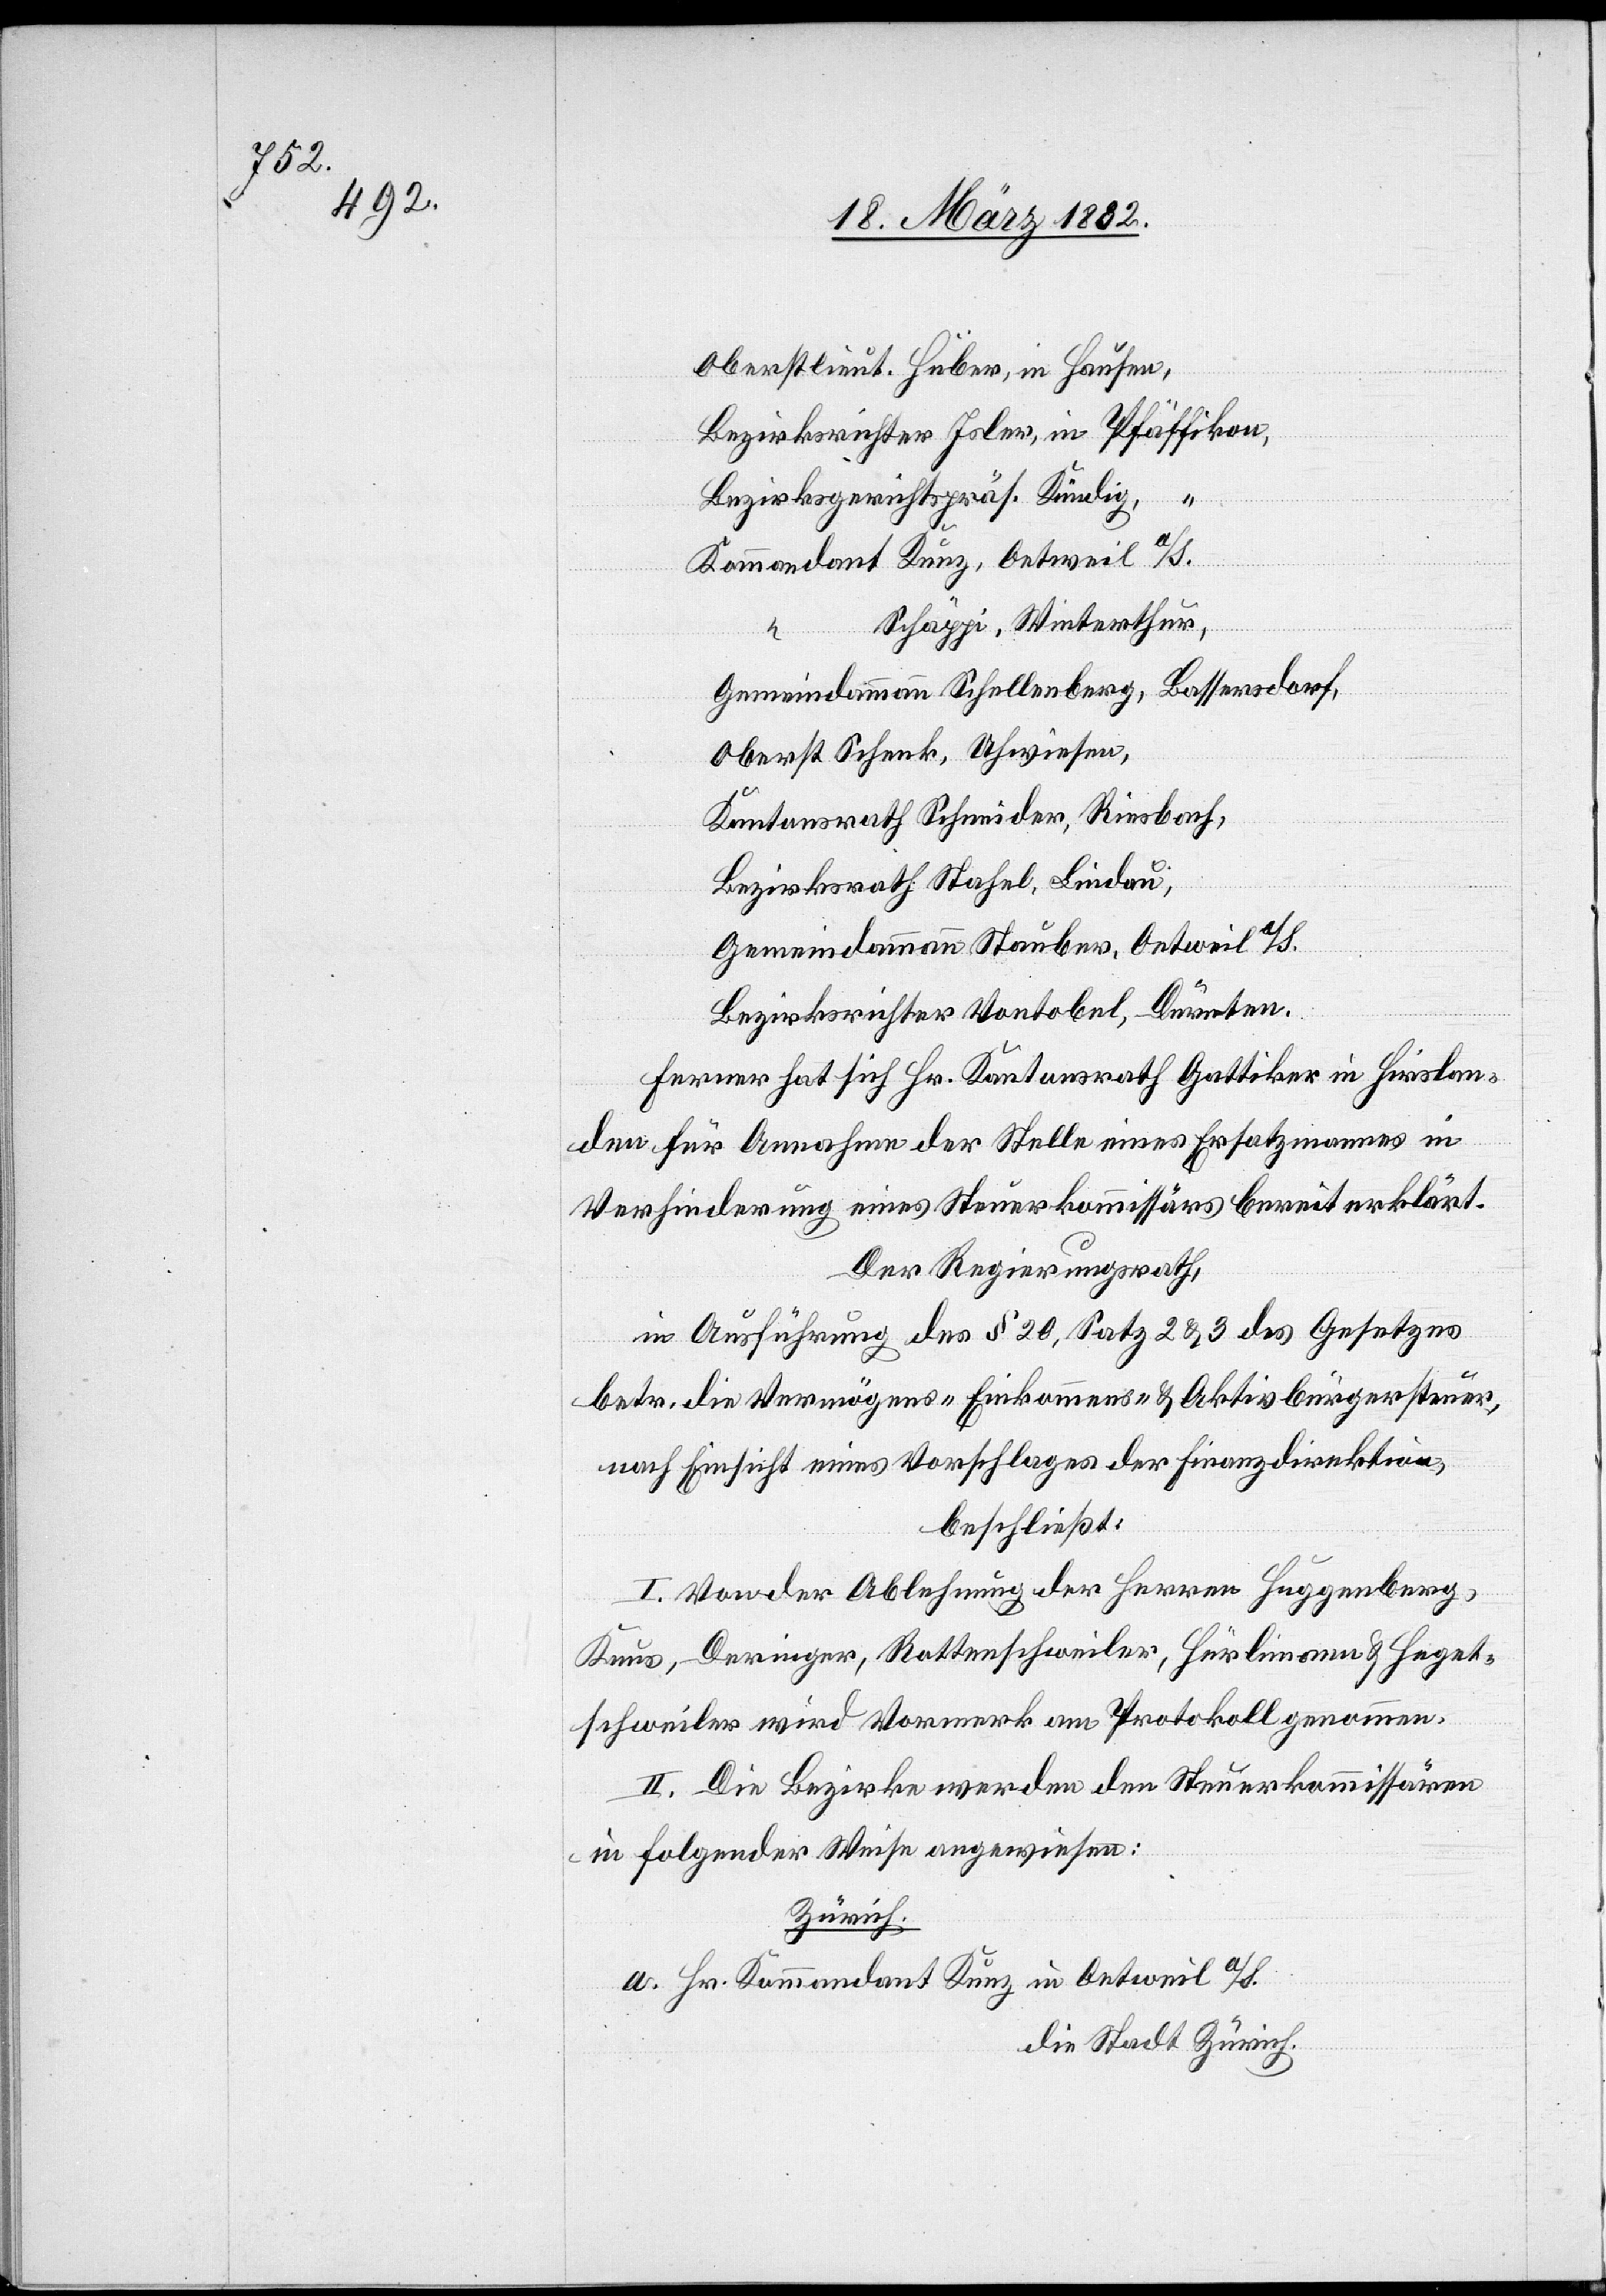
Oberstleut. Huber, in Hausen,
Bezirksrichter Isler, in Pfäffikon,
Bezirksgerichtspräs. Kündig,
Kommandant Kunz, Oetweil a/S.
Schäppi, Winterthur
Bassersdorf,
Gemeindeammann Schellenberg,
Oberst Schenk, Uhwiesen,
Kantonsrath Schmieder, Riesbach,
Bezirksrath Stahel, Lindau,
Gemeindeammann Stauber, Oetweil a/S.
Bezirksrichter Vontobel, Dürnten.
Ferner hat sich Hr. Kantonsrath Gattiker in Hirslan¬
den für Annahme der Stelle eines Ersatzmannes in
Verhinderung eines Steuerkommissärs bereit erklärt.
Der Regierungsrath,
in Ausführung des § 20, Satz 2 & 3 des Gesetzes
betr. die Vermögens- Einkommens- & Aktivbürgersteuer,
nach Einsicht eines Vorschlages der Finanzdirektion,
beschließt:
I. Von der Ablehnung der Herren Huggenberg,
Knus, Deringer, Rottenschweiler, Hürlimann & Heget¬
schweiler wird Vormerk am Protokoll genommen.
II. Die Bezirke werden den Steuerkommissären
in folgender Weise angewiesen:
Zürich.
a. Hr. Kommandant Kunz in Oetweil a/S.
die Stadt Zürich.